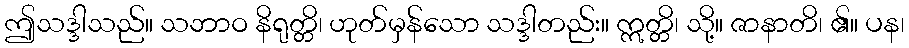
ဤသဒ္ဒါသည်။ သဘာဝ နိရုတ္တိ၊ ဟုတ်မှန်သော သဒ္ဒါတည်း။ ဣတ္တိ၊ သို့။ ဇာနာတိ၊ ၏။ ပန၊